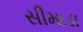
સીમાડા